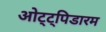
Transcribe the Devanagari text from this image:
ओट्ट्पिडारम